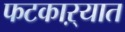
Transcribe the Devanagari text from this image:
फटकाऱ्यात